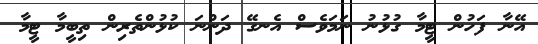
އޭނާ ފަހުން ޓީމާ ގުޅުނު ނަމަވެސް އެނގޭ ދަންނަ ކުޅުންތެރިން ތިބީމާ ޓީމާ